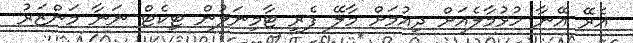
އެރޭ އޭނާ ހުޅުމާލެއަށް ދިއުމަށް މާލޭ ފެރީ ޓާމިނަލުން ޓިކެޓް ނަނާ މަންޒަރު